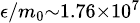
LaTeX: \scriptstyle\epsilon/m_{0}\sim 1.76\times 10^{7}